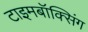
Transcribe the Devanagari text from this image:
टाइमबॉक्सिंग